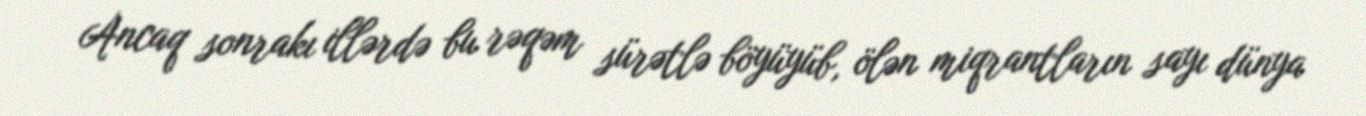
Ancaq sonrakı illərdə bu rəqəm sürətlə böyüyüb, ölən miqrantların sayı dünya